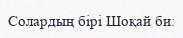
Солардың бірі Шоқай би: